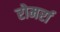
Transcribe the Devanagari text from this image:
रोमर्रा